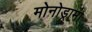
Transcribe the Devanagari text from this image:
मोनोड्रामा